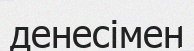
денесімен